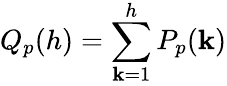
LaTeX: Q_{p}(h)=\sum_{\mathbf{k}=1}^{h}P_{p}(\mathbf{k})